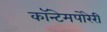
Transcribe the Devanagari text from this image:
कॉन्टेमपोरेरी